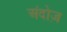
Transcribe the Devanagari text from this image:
अंदोज़